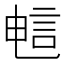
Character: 𫌷